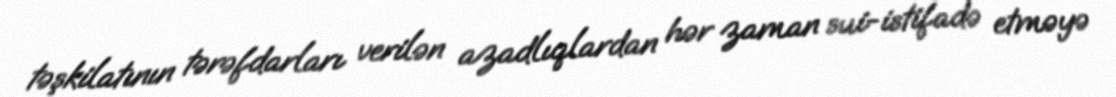
təşkilatının tərəfdarları verilən azadlıqlardan hər zaman sui-istifadə etməyə